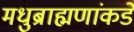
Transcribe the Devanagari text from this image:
मधुब्राह्मणांकडे